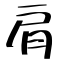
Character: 肩